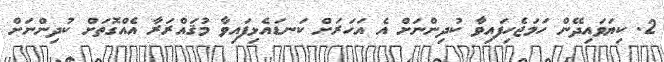
2. ކިޔަވައިދޭން ހަމަޖެހިފައިވާ ކުދިންނަށް އެ އަހަރަށް ކަނޑައެޅިފައިވާ މުޤައްރަރާ އެއްގޮތަށް ކުދިންނަށް